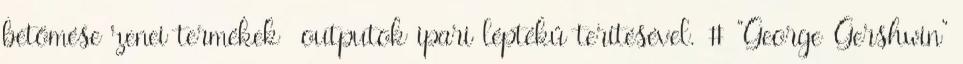
betömése zenei termékek outputok ipari léptékű terítésével. # "George Gershwin"